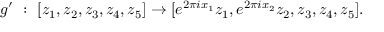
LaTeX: g ^ { \prime } \ : \ [ z _ { 1 } , z _ { 2 } , z _ { 3 } , z _ { 4 } , z _ { 5 } ] \rightarrow [ e ^ { 2 \pi i x _ { 1 } } { z _ { 1 } } , e ^ { 2 \pi i x _ { 2 } } { z _ { 2 } } , z _ { 3 } , z _ { 4 } , z _ { 5 } ] .